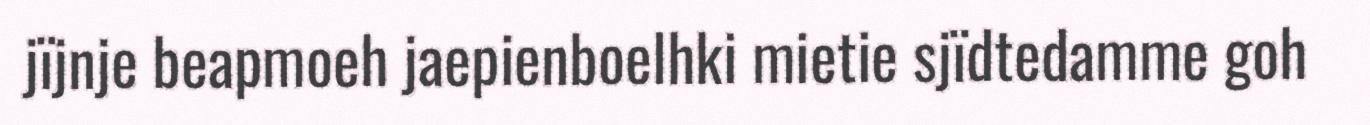
jïjnje beapmoeh jaepienboelhki mietie sjïdtedamme goh